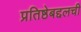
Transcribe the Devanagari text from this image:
प्रतिष्ठेबद्दलची